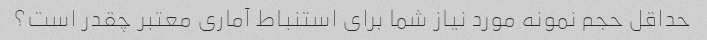
حداقل حجم نمونه مورد نیاز شما برای استنباط آماری معتبر چقدر است؟